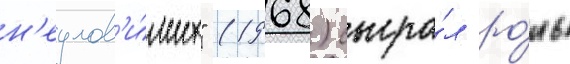
н'еулов'и́мых" (1968) сыгра́л ро́ль